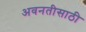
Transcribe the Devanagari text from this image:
अवनतीसाठी